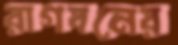
রাগবনের